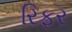
રિફર